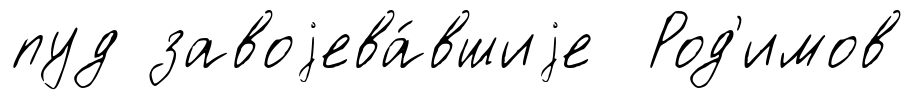
пуд завоjева́вшиjе Род'имов